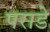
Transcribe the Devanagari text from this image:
पराडे